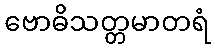
ဗောဓိသတ္တမာတရံ